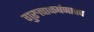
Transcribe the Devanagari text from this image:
गुरुत्वाकर्षणाचेच